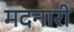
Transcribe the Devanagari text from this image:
मदनारी